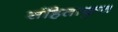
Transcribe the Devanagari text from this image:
संहिताकृत